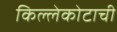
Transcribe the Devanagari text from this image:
किल्लेकोटाची